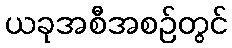
ယခုအစီအစဉ်တွင်